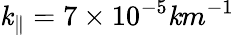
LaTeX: \mathit{k}_{\parallel}=7\times10^{-5}\mathit{k}m^{-1}